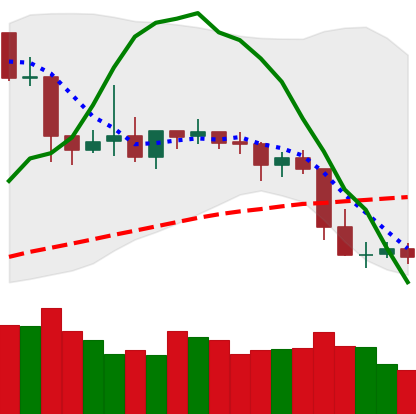
Ticker: XLM-USD
Chart end date: 2019-04-28
Forward return: 3.605%
Label: up_3_5